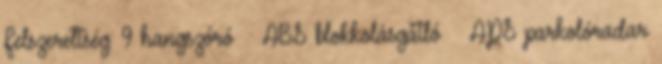
Felszereltség: 9 hangszóró – ABS blokkolásgátló – APS parkolóradar